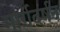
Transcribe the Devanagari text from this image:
मार्गदर्षन